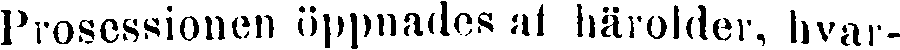
Prosessionen öppnades at härolder, hvar-